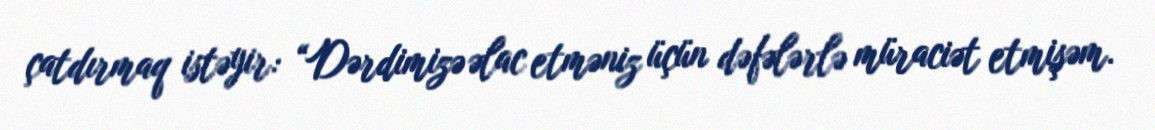
çatdırmaq istəyir: “Dərdimizə əlac etməniz üçün dəfələrlə müraciət etmişəm.